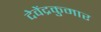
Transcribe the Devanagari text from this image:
देवेंद्रकुमार